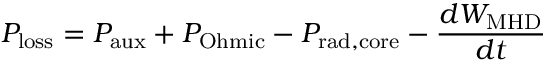
P _ { \mathrm { l o s s } } = P _ { \mathrm { a u x } } + P _ { \mathrm { O h m i c } } - P _ { \mathrm { r a d , c o r e } } - \frac { d W _ { \mathrm { M H D } } } { d t }